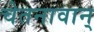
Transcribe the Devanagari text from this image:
चेतनावान्‌